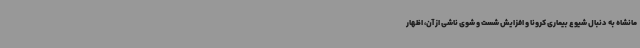
مانشاه به دنبال شیوع بیماری کرونا و افزایش شست و شوی ناشی از آن، اظهار